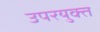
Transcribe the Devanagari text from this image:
उपरयुक्त